Lunatic asylums Punjab 1895-1910 - 1895-1910
Year: 1895
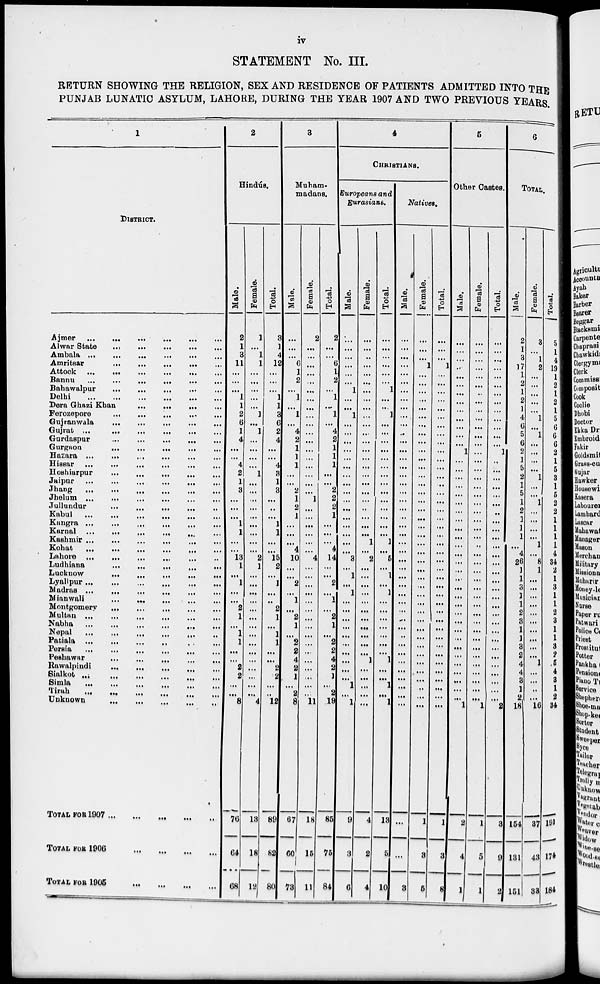
iv
STATEMENT No. III.
RETURN SHOWING THE RELIGION, SEX AND RESIDENCE OF PATIENTS ADMITTED INTO THE
PUNJAB LUNATIC ASYLUM, LAHORE, DURING THE YEAR 1907 AND TWO PREVIOUS YEARS.
1
DISTRICT.
Ajmer
...
...
...
...
...
Alwar State
...
...
...
...
...
Ambala
...
...
...
...
...
Amritsar
...
...
...
...
...
Attock
...
...
...
...
...
Bannu
...
...
...
...
...
Bahawalpur
...
...
...
...
...
Delhi ... ... ... ... ...
Dera Ghazi Khan ... ... ... ... ...
Ferozepore
...
...
...
...
...
Gujranwala
...
...
...
...
...
Gujrat ... ... ... ... ...
Gurdaspur
...
...
...
...
...
Gurgaon
...
...
...
...
...
Hazara
...
...
...
...
...
Hissar
...
...
...
...
...
Hoshiarpur
...
...
...
...
...
Jaipur
...
...
...
...
...
Jhang
...
...
...
...
...
Jhelum
...
...
...
...
...
Jullundur
...
...
...
...
...
Kabul
...
...
...
...
...
Kangra
...
...
...
...
...
Karnal
...
...
...
...
...
Kashmir
...
...
...
...
...
Kohat
...
...
...
...
...
Lahore ... ... ... ... ...
Ludhiana
...
...
...
...
...
Lucknow ... ... ... ... ...
Lyallpur
...
...
...
...
...
Madras
...
...
...
...
...
Mianwali
...
...
...
...
...
Montgomery
...
...
...
...
...
Multan ... ... ... ... ...
Nabha
...
...
...
...
...
Nepal
...
...
...
...
...
Patiala
...
...
...
...
...
Persia
...
...
...
...
...
Peshawar
...
...
...
...
...
Rawalpindi
...
...
...
...
...
Sialkot
...
...
...
...
...
Simla ... ... ... ... ...
Tirah ... ... ... ... ...
Unknown
...
...
...
...
...
TOTAL FOR 1907 ... ... ... ...
TOTAL FOR 1906 ... ... ... ...
TOTAL FOR 1905 ... ... ... ...
2
Hindús.
Male.
2
1
3
11
...
...
...
1
1
2
6
1
4
...
...
4
2
1
3
...
...
...
1
1
...
...
13
1
...
1
...
...
2
1
...
1
1
...
...
2
2
...
...
8
76
64
68
Female.
1
...
1
1
...
...
...
...
...
1
...
1
...
...
...
...
1
...
...
...
...
...
...
...
...
...
2
1
...
...
...
...
...
...
...
...
...
...
...
...
...
...
...
4
18
18
12
Total.
3
1
4
12
...
...
...
1
1
3
6
2
4
...
...
4
3
1
3
...
..
...
1
1
...
...
15
2
...
1
...
...
2
1
...
1
1
...
...
2
2
...
..
12
89
82
80
3
Muham-
madans.
Male.
...
...
...
6
1
2
...
1
...
1
...
4
2
1
1
1
...
...
2
1
2
1
...
...
...
4
10
...
...
2
...
1
...
2
1
...
2
2
4
2
1
...
2
8
67
60
73
Female.
2
...
...
...
...
...
...
...
...
...
...
...
...
...
...
...
...
...
...
1
...
...
...
...
...
...
4
...
...
...
...
...
...
...
...
...
...
...
...
...
...
...
...
11
18
15
11
Total.
2
...
...
6
1
2
...
1
...
1
...
4
2
1
1
1
...
...
2
2
2
1
...
...
...
4
14
...
...
2
...
1
...
2
1
...
2
2
4
2
1
...
2
19
85
75
84
4
CHRISTIANS.
Europeans and
Eurasians.
Male.
...
...
...
...
...
...
1
...
...
1
...
...
...
...
...
...
...
...
...
...
...
...
...
...
...
...
3
...
1
...
1
...
...
...
...
...
...
...
...
...
...
1
...
1
9
3
6
Female.
...
...
...
...
...
...
...
...
...
...
...
...
...
...
...
...
...
...
...
...
...
...
...
...
1
...
2
...
...
...
...
...
...
...
....
...
...
...
1
...
...
...
...
...
4
2
4
Total.
...
...
...
...
...
...
1
...
...
1
...
...
...
...
...
...
...
...
...
...
...
...
...
...
1
...
5
...
1
...
1
....
...
...
...
...
...
...
1
...
...
1
...
1
13
5
10
Natives.
Male.
...
...
...
...
...
...
...
...
...
...
...
...
...
...
...
...
...
...
...
...
...
...
...
....
...
...
...
...
...
...
...
...
...
...
...
..
...
...
...
...
...
...
...
...
...
...
3
Female.
...
...
...
1
...
...
...
...
...
...
...
...
...
...
...
...
...
...
...
...
...
...
...
...
...
...
...
...
...
...
...
...
...
...
...
...
...
...
...
...
...
...
...
...
1
3
5
Total.
...
...
...
1
...
...
...
...
...
...
...
...
...
...
...
...
...
...
...
...
...
...
...
...
...
...
...
...
...
...
...
...
...
...
...
...
...
...
...
...
...
...
...
...
1
3
8
5
Other Castes.
Male.
...
...
...
...
...
...
...
...
...
...
...
...
...
1
...
...
...
...
...
...
...
...
...
...
...
...
...
...
...
...
...
...
...
...
...
...
...
...
...
...
...
...
...
1
2
4
1
Female.
...
...
...
...
...
...
...
...
...
...
...
...
...
...
...
...
...
...
...
...
...
...
...
...
...
...
...
...
...
...
...
...
...
...
...
...
...
...
...
...
...
...
...
1
1
5
1
Total.
...
...
...
...
...
...
...
...
...
...
...
...
...
1
...
...
...
...
...
...
...
...
...
...
...
...
...
...
...
...
...
...
...
...
...
...
...
...
...
...
...
...
...
2
3
9
2
6
TOTAL.
Male.
2
1
3
17
1
2
1
2
1
4
6
5
6
2
1
5
2
1
5
1
2
1
1
1
...
4
26
1
1
3
1
1
2
3
1
1
3
2
4
4
3
1
2
18
154
131
151
Female.
3
...
1
2
...
...
...
...
...
1
...
1
...
...
...
...
1
...
...
1
...
...
...
...
1
...
8
1
...
...
...
...
...
...
...
...
...
...
1
...
...
...
...
16
37
43
33
Total.
5
1
4
19
1
2
1
2
1
5
6
6
6
2
1
5
3
1
5
2
2
1
1
1
1
4
34
2
1
3
1
1
2
3
1
1
3
2
5
4
3
1
2
34
191
174
184